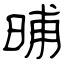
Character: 晡